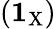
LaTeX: (\textbf{1}_{\mathrm{X}})